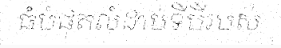
ធំបំផុតលំដាប់ទីបីរបស់